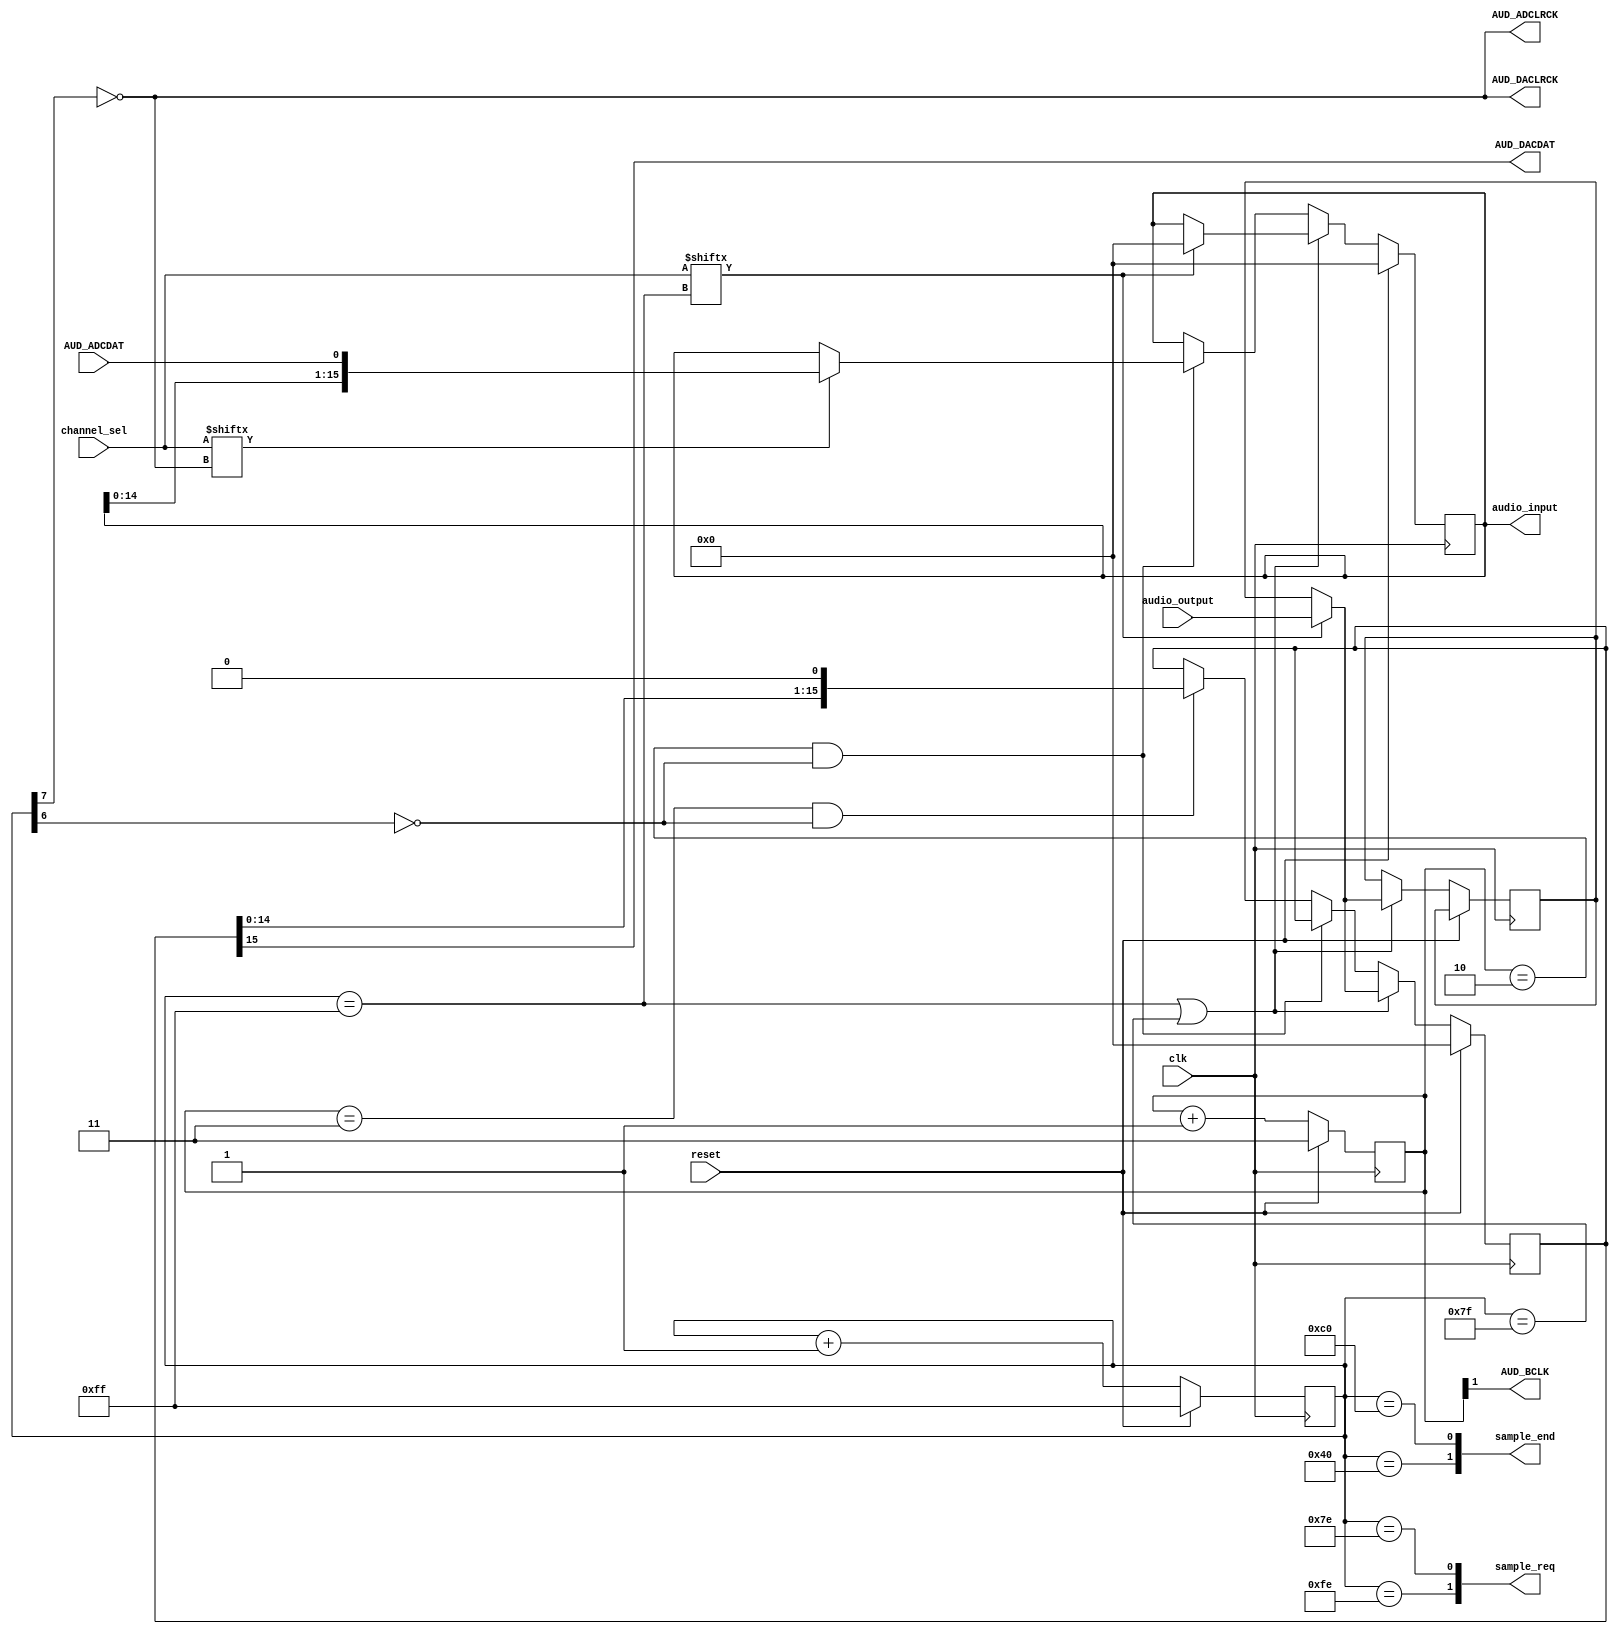
module audio_codec (
    input  clk,
    input  reset,
    output [1:0]  sample_end,
    output [1:0]  sample_req,
    input  [15:0] audio_output,
    output [15:0] audio_input,
    // 1 - left, 0 - right
    input  [1:0] channel_sel,

    output AUD_ADCLRCK,
    input AUD_ADCDAT,
    output AUD_DACLRCK,
    output AUD_DACDAT,
    output AUD_BCLK
);

reg [7:0] lrck_divider;
reg [1:0] bclk_divider;

reg [15:0] shift_out;
reg [15:0] shift_temp;
reg [15:0] shift_in;

wire lrck = !lrck_divider[7];

assign AUD_ADCLRCK = lrck;
assign AUD_DACLRCK = lrck;
assign AUD_BCLK = bclk_divider[1];
assign AUD_DACDAT = shift_out[15];

always @(posedge clk) begin
    if (reset) begin
        lrck_divider <= 8'hff;
        bclk_divider <= 2'b11;
    end else begin
        lrck_divider <= lrck_divider + 1'b1;
        bclk_divider <= bclk_divider + 1'b1;
    end
end

assign sample_end[1] = (lrck_divider == 8'h40);
assign sample_end[0] = (lrck_divider == 8'hc0);
assign audio_input = shift_in;
assign sample_req[1] = (lrck_divider == 8'hfe);
assign sample_req[0] = (lrck_divider == 8'h7e);

wire clr_lrck = (lrck_divider == 8'h7f);
wire set_lrck = (lrck_divider == 8'hff);
// high right after bclk is set
wire set_bclk = (bclk_divider == 2'b10 && !lrck_divider[6]);
// high right before bclk is cleared
wire clr_bclk = (bclk_divider == 2'b11 && !lrck_divider[6]);

always @(posedge clk) begin
    if (reset) begin
        shift_out <= 16'h0;
        shift_in <= 16'h0;
        shift_in <= 16'h0;
    end else if (set_lrck || clr_lrck) begin
        // check if current channel is selected
        if (channel_sel[set_lrck]) begin
            shift_out <= audio_output;
            shift_temp <= audio_output;
            shift_in <= 16'h0;
        // repeat the sample from the other channel if not
        end else shift_out <= shift_temp;
    end else if (set_bclk == 1) begin
        // only read in if channel is selected
        if (channel_sel[lrck])
            shift_in <= {shift_in[14:0], AUD_ADCDAT};
    end else if (clr_bclk == 1) begin
        shift_out <= {shift_out[14:0], 1'b0};
    end
end

endmodule